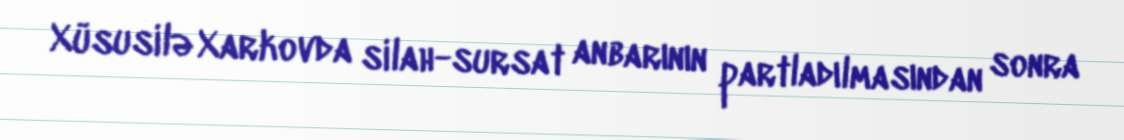
Xüsusilə Xarkovda silah-sursat anbarının partladılmasından sonra